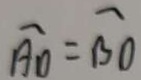
\widehat { A D } = \widehat { B O }